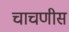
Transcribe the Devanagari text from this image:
चाचणीस